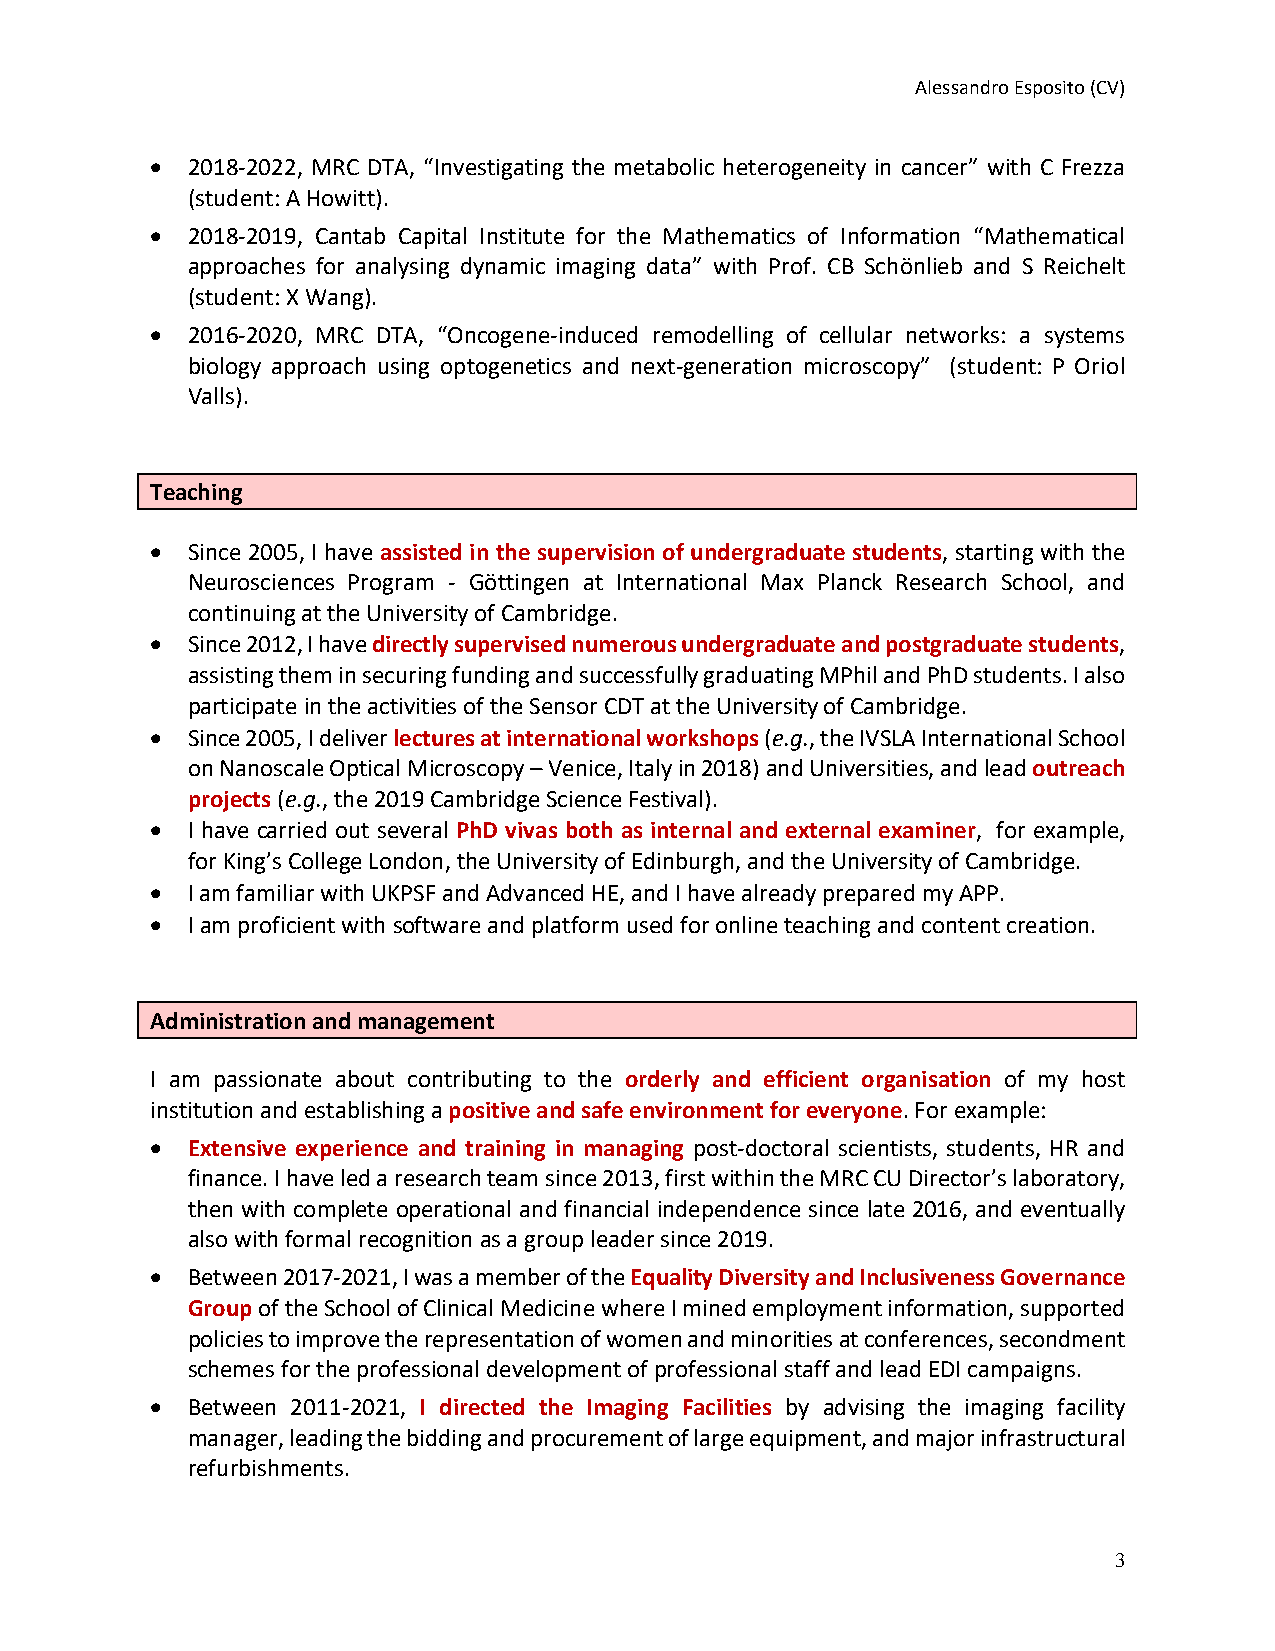
Alessandro Esposito (CV)
 • 2018-2022, MRC DTA, “Investigating the metabolic heterogeneity in cancer” with C Frezza
 (student: A Howitt).
 • 2018-2019, Cantab Capital Institute for the Mathematics of Information “Mathematical
 approaches for analysing dynamic imaging data” with Prof. CB Schönlieb and S Reichelt
 (student: X Wang).
 • 2016-2020, MRC DTA, “Oncogene-induced remodelling of cellular networks: a systems
 biology approach using optogenetics and next-generation microscopy” (student: P Oriol
 Valls).
 Teaching
 • Since 2005, I have assisted in the supervision of undergraduate students, starting with the
 Neurosciences Program - Göttingen at International Max Planck Research School, and
 continuing at the University of Cambridge.
 • Since 2012, I have directly supervised numerous undergraduate and postgraduate students,
 assisting them in securing funding and successfully graduating MPhil and PhD students. I also
 participate in the activities of the Sensor CDT at the University of Cambridge.
 • Since 2005, I deliver lectures at international workshops (e.g., the IVSLA International School
 on Nanoscale Optical Microscopy – Venice, Italy in 2018) and Universities, and lead outreach
 projects (e.g., the 2019 Cambridge Science Festival).
 • I have carried out several PhD vivas both as internal and external examiner, for example,
 for King’s College London, the University of Edinburgh, and the University of Cambridge.
 • I am familiar with UKPSF and Advanced HE, and I have already prepared my APP.
 • I am proficient with software and platform used for online teaching and content creation.
 Administration and management
 I am passionate about contributing to the orderly and efficient organisation of my host
 institution and establishing a positive and safe environment for everyone. For example:
 • Extensive experience and training in managing post-doctoral scientists, students, HR and
 finance. I have led a research team since 2013, first within the MRC CU Director’s laboratory,
 then with complete operational and financial independence since late 2016, and eventually
 also with formal recognition as a group leader since 2019.
 • Between 2017-2021, I was a member of the Equality Diversity and Inclusiveness Governance
 Group of the School of Clinical Medicine where I mined employment information, supported
 policies to improve the representation of women and minorities at conferences, secondment
 schemes for the professional development of professional staff and lead EDI campaigns.
 • Between 2011-2021, I directed the Imaging Facilities by advising the imaging facility
 manager, leading the bidding and procurement of large equipment, and major infrastructural
 refurbishments.
 3